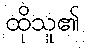
ထိုသူ၏